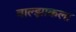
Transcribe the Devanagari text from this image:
बाल्झाकला